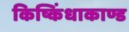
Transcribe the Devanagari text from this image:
किष्किंधाकाण्ड